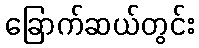
ခြောက်ဆယ်တွင်း